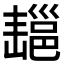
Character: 𢀄